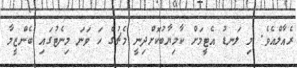
ރެއާލްއެވެ. މި ލަނޑު އެޓީމަށް ކާމިޔާބުކޮށްދިނީ މެޗުގެ ހަ ވަނަ މިނެޓުގައި ބެންޒީމާ